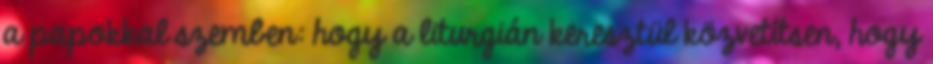
a papokkal szemben: hogy a liturgián keresztül közvetítsen, hogy